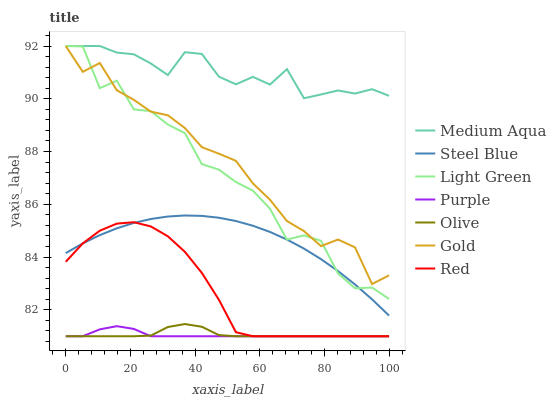
| xaxis_label | Medium Aqua | Steel Blue | Light Green | Purple | Olive | Gold | Red |
 | --- | --- | --- | --- | --- | --- | --- | --- |
 | 0 | 92 | 84.2 | 92 | 81 | 81 | 92 | 83.8 |
 | 5.26 | 92 | 84.5 | 92 | 81 | 81 | 91 | 84.5 |
 | 10.5 | 92 | 84.8 | 90.4 | 81.3 | 81 | 91.4 | 85 |
 | 15.8 | 91.8 | 85.1 | 90.7 | 81.4 | 81 | 90.3 | 85.3 |
 | 21.1 | 91.7 | 85.3 | 89.6 | 81.3 | 81 | 90 | 85.3 |
 | 26.3 | 91.3 | 85.4 | 89.5 | 81 | 81 | 89.5 | 85.2 |
 | 31.6 | 90.9 | 85.5 | 89 | 81 | 81.4 | 89.4 | 84.8 |
 | 36.8 | 91.8 | 85.6 | 88.7 | 81 | 81.5 | 88.9 | 84.2 |
 | 42.1 | 91.7 | 85.6 | 87.5 | 81 | 81.4 | 88.2 | 83.4 |
 | 47.4 | 90.8 | 85.5 | 87.3 | 81 | 81 | 87.9 | 82.4 |
 | 52.6 | 90.5 | 85.4 | 86.8 | 81 | 81 | 87.6 | 81.2 |
 | 57.9 | 90.8 | 85.2 | 86.5 | 81 | 81 | 86.8 | 81 |
 | 63.2 | 90.5 | 85 | 85.8 | 81 | 81 | 86.2 | 81 |
 | 68.4 | 91.1 | 84.7 | 84.7 | 81 | 81 | 85.4 | 81 |
 | 73.7 | 90 | 84.3 | 84.8 | 81 | 81 | 85 | 81 |
 | 78.9 | 90.2 | 83.9 | 84.6 | 81 | 81 | 84.4 | 81 |
 | 84.2 | 90.3 | 83.5 | 83.4 | 81 | 81 | 84.7 | 81 |
 | 89.5 | 90.2 | 83 | 82.8 | 81 | 81 | 84.4 | 81 |
 | 94.7 | 90.4 | 82.4 | 82.8 | 81 | 81 | 83 | 81 |
 | 100 | 90.1 | 81.8 | 82.4 | 81 | 81 | 83.3 | 81 |